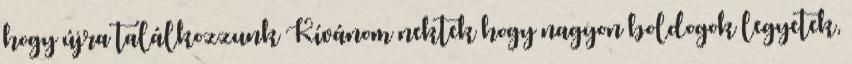
hogy újra találkozzunk Kívánom nektek hogy nagyon boldogok legyetek,